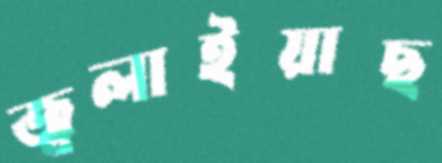
জ্বলাইয়াছ